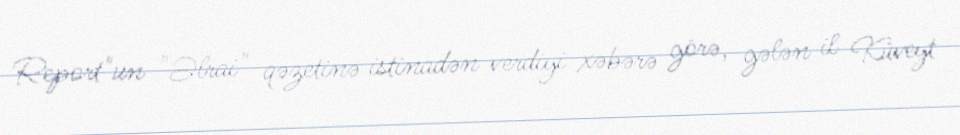
Report"un "Əlrai" qəzetinə istinadən verdiyi xəbərə görə, gələn il Küveyt